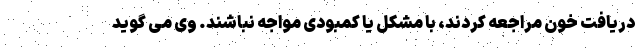
دریافت خون مراجعه کردند، با مشکل یا کمبودی مواجه نباشند. وی می گوید